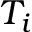
T _ { i }